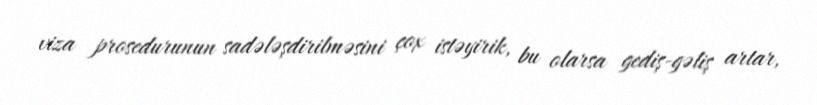
viza prosedurunun sadələşdirilməsini çox istəyirik, bu olarsa gediş-gəliş artar,